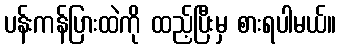
ပန်းကန်ပြားထဲကို ထည့်ပြီးမှ စားရပါမယ်။